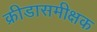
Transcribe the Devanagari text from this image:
क्रीडासमीक्षक